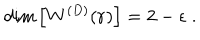
LaTeX: \mathrm { d i m } \left[ W ^ { ( { D } ) } ( { \bf r } ) \right] = 2 - \epsilon \; .